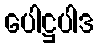
ပေါဋ္ဌပါဒ